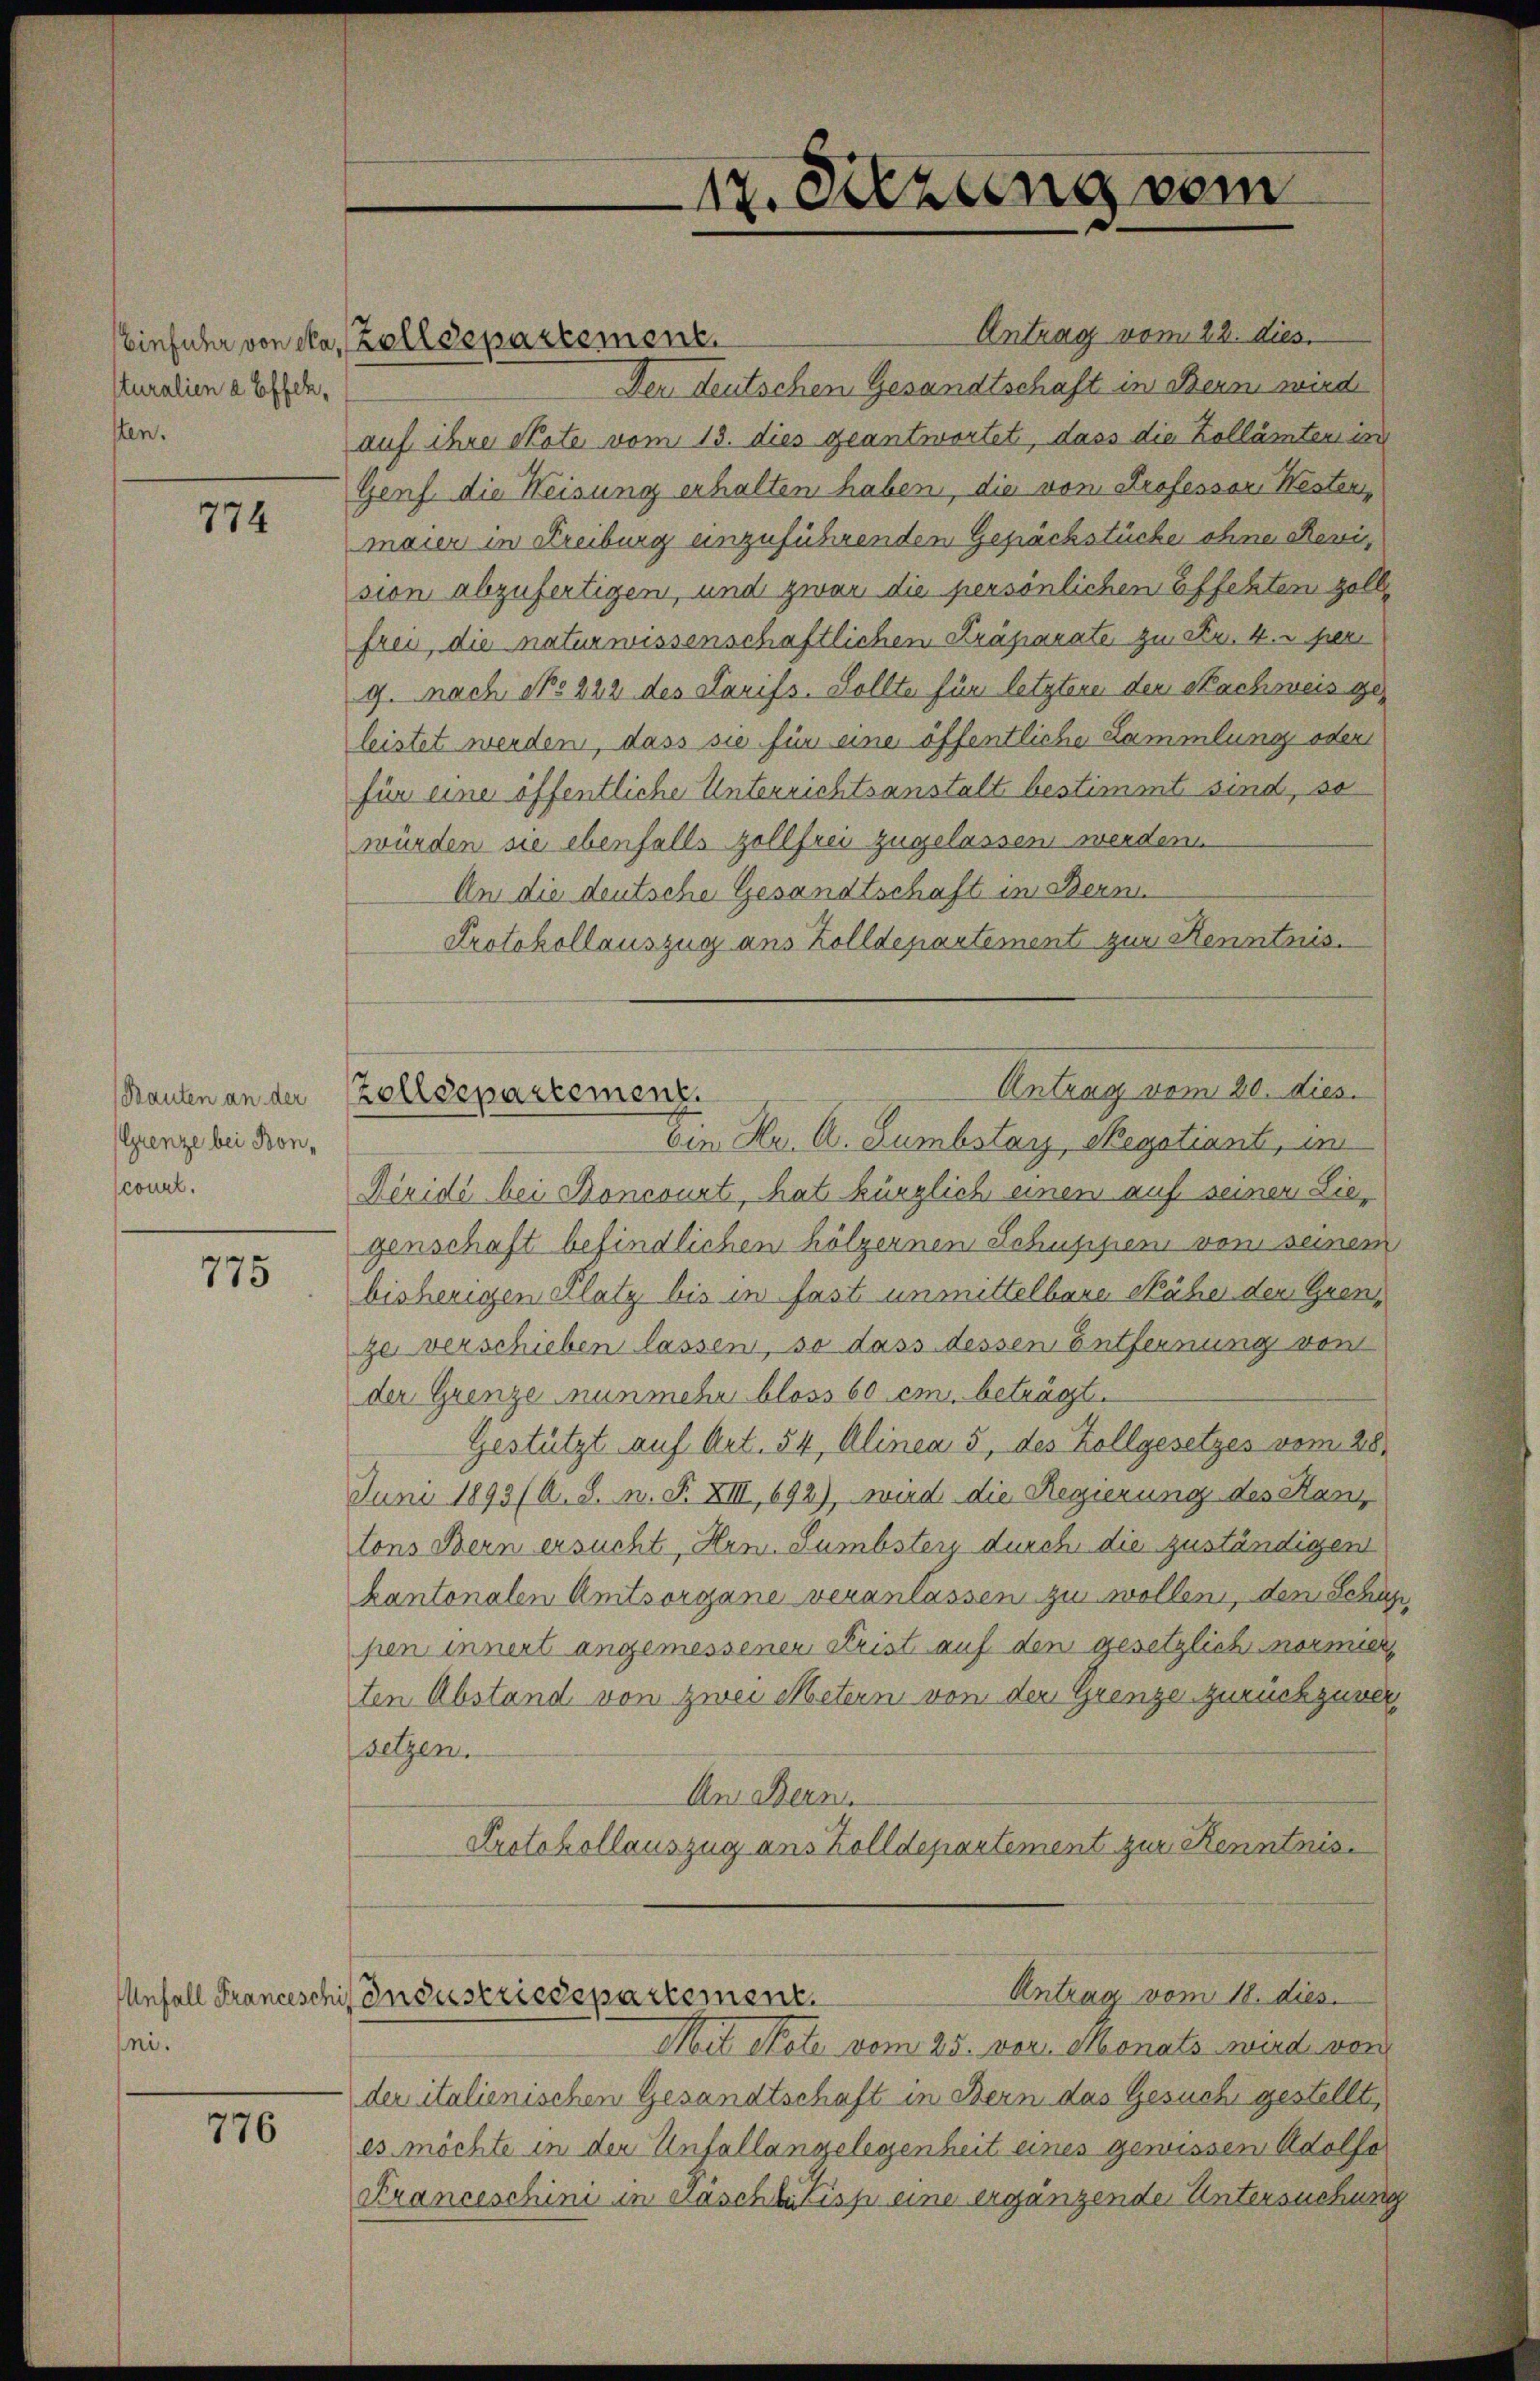
Einfuhr von eta,
tturalien a Effeksten.

774

Rauten an der
Grenze bei Bonconcl.

775

ni.

776

Antrag vom 22. dies.
Der deutschen Gesandtschaft in Bern wird
auf ihre Note vom 13. dies geantwortet, dass die Zollämten in
Genf die Weisung erhalten haben, die von Professor Westen,
maier in Kreiburg unzuführenden Geprächstücke ohne Revision abzufertigen, und zwar die persönlichen Effekten zolle
frei, die naturwissenschaftlichen Kräparate zu Fr. 4. peri
g. nach No 222 des Tarifs. Sollte für letzterer den Nachweis geleistet werden, dass sie für eine öffentliche Sammlung oder
für eine öffentliche Unterrichtsanstalt bestimmt sind, so
würden sie ebenfalls zollfrei zugelassen werden
An die deutsche Gesandtschaft in Bern
Protokollauszug aus Zolldepartement zur Kenntnis.
Ein Hr. A. Sumbstag, Regotiant, in
Réridi bei Roncourt, hat kürzlich einen auf seiner Liegenschaft befindlichen hölzernen Schuppen von seinem
bisherigen Platz bis in fast unmittelbare Nähe der Grenze verschieben lassen, so dass dessen Entfernung von
der Grenze nunmehr bloss 60 cm. beträgt.
Gestützt auf Art. 54, Alinea 5, des Zollgesetzes vom 28.
Juni 1893/ A. S. n. F. XIII, 692), wird die Regierung des Kanz
tons Bern ersucht, Hrn. Sumbstey durch die zuständigen
kantonalen Amtsorgane veranlassen zu wollen, dem Schup
pen innert angemessenen Frist auf den gesetzlich normier
ten Abstand von zwei Metern von der Grenze zurückzuversetzen.
An Bern
Protokollauszug aus Zolldepartement zur Kenntnis.
Antrag vom 18. dies
Unfall Franceschis Industriedepartement.
Mit Note vom 25. vor. Monats wird von
der italienischen Gesandtschaft in Bern das Gesuche gestellt,
es möchte in der Unfallangelegenheit eines gewissen Adolfa
Kranceschini in raschlitisp eine erganzende Untersuchung

Zolldepartement.

12. Setzung vom

Antrag vom 20. dies
Zolldepartemenz